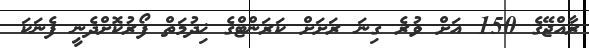
ރާއްޖޭގެ 150 އަށް ވުރެ ގިނަ ރަށަށް ކަރަންޓްގެ ޚިދުމަތް ފޯރުކޮށްދެނީ ފެނަކަ